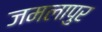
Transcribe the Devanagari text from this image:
जमलापुर